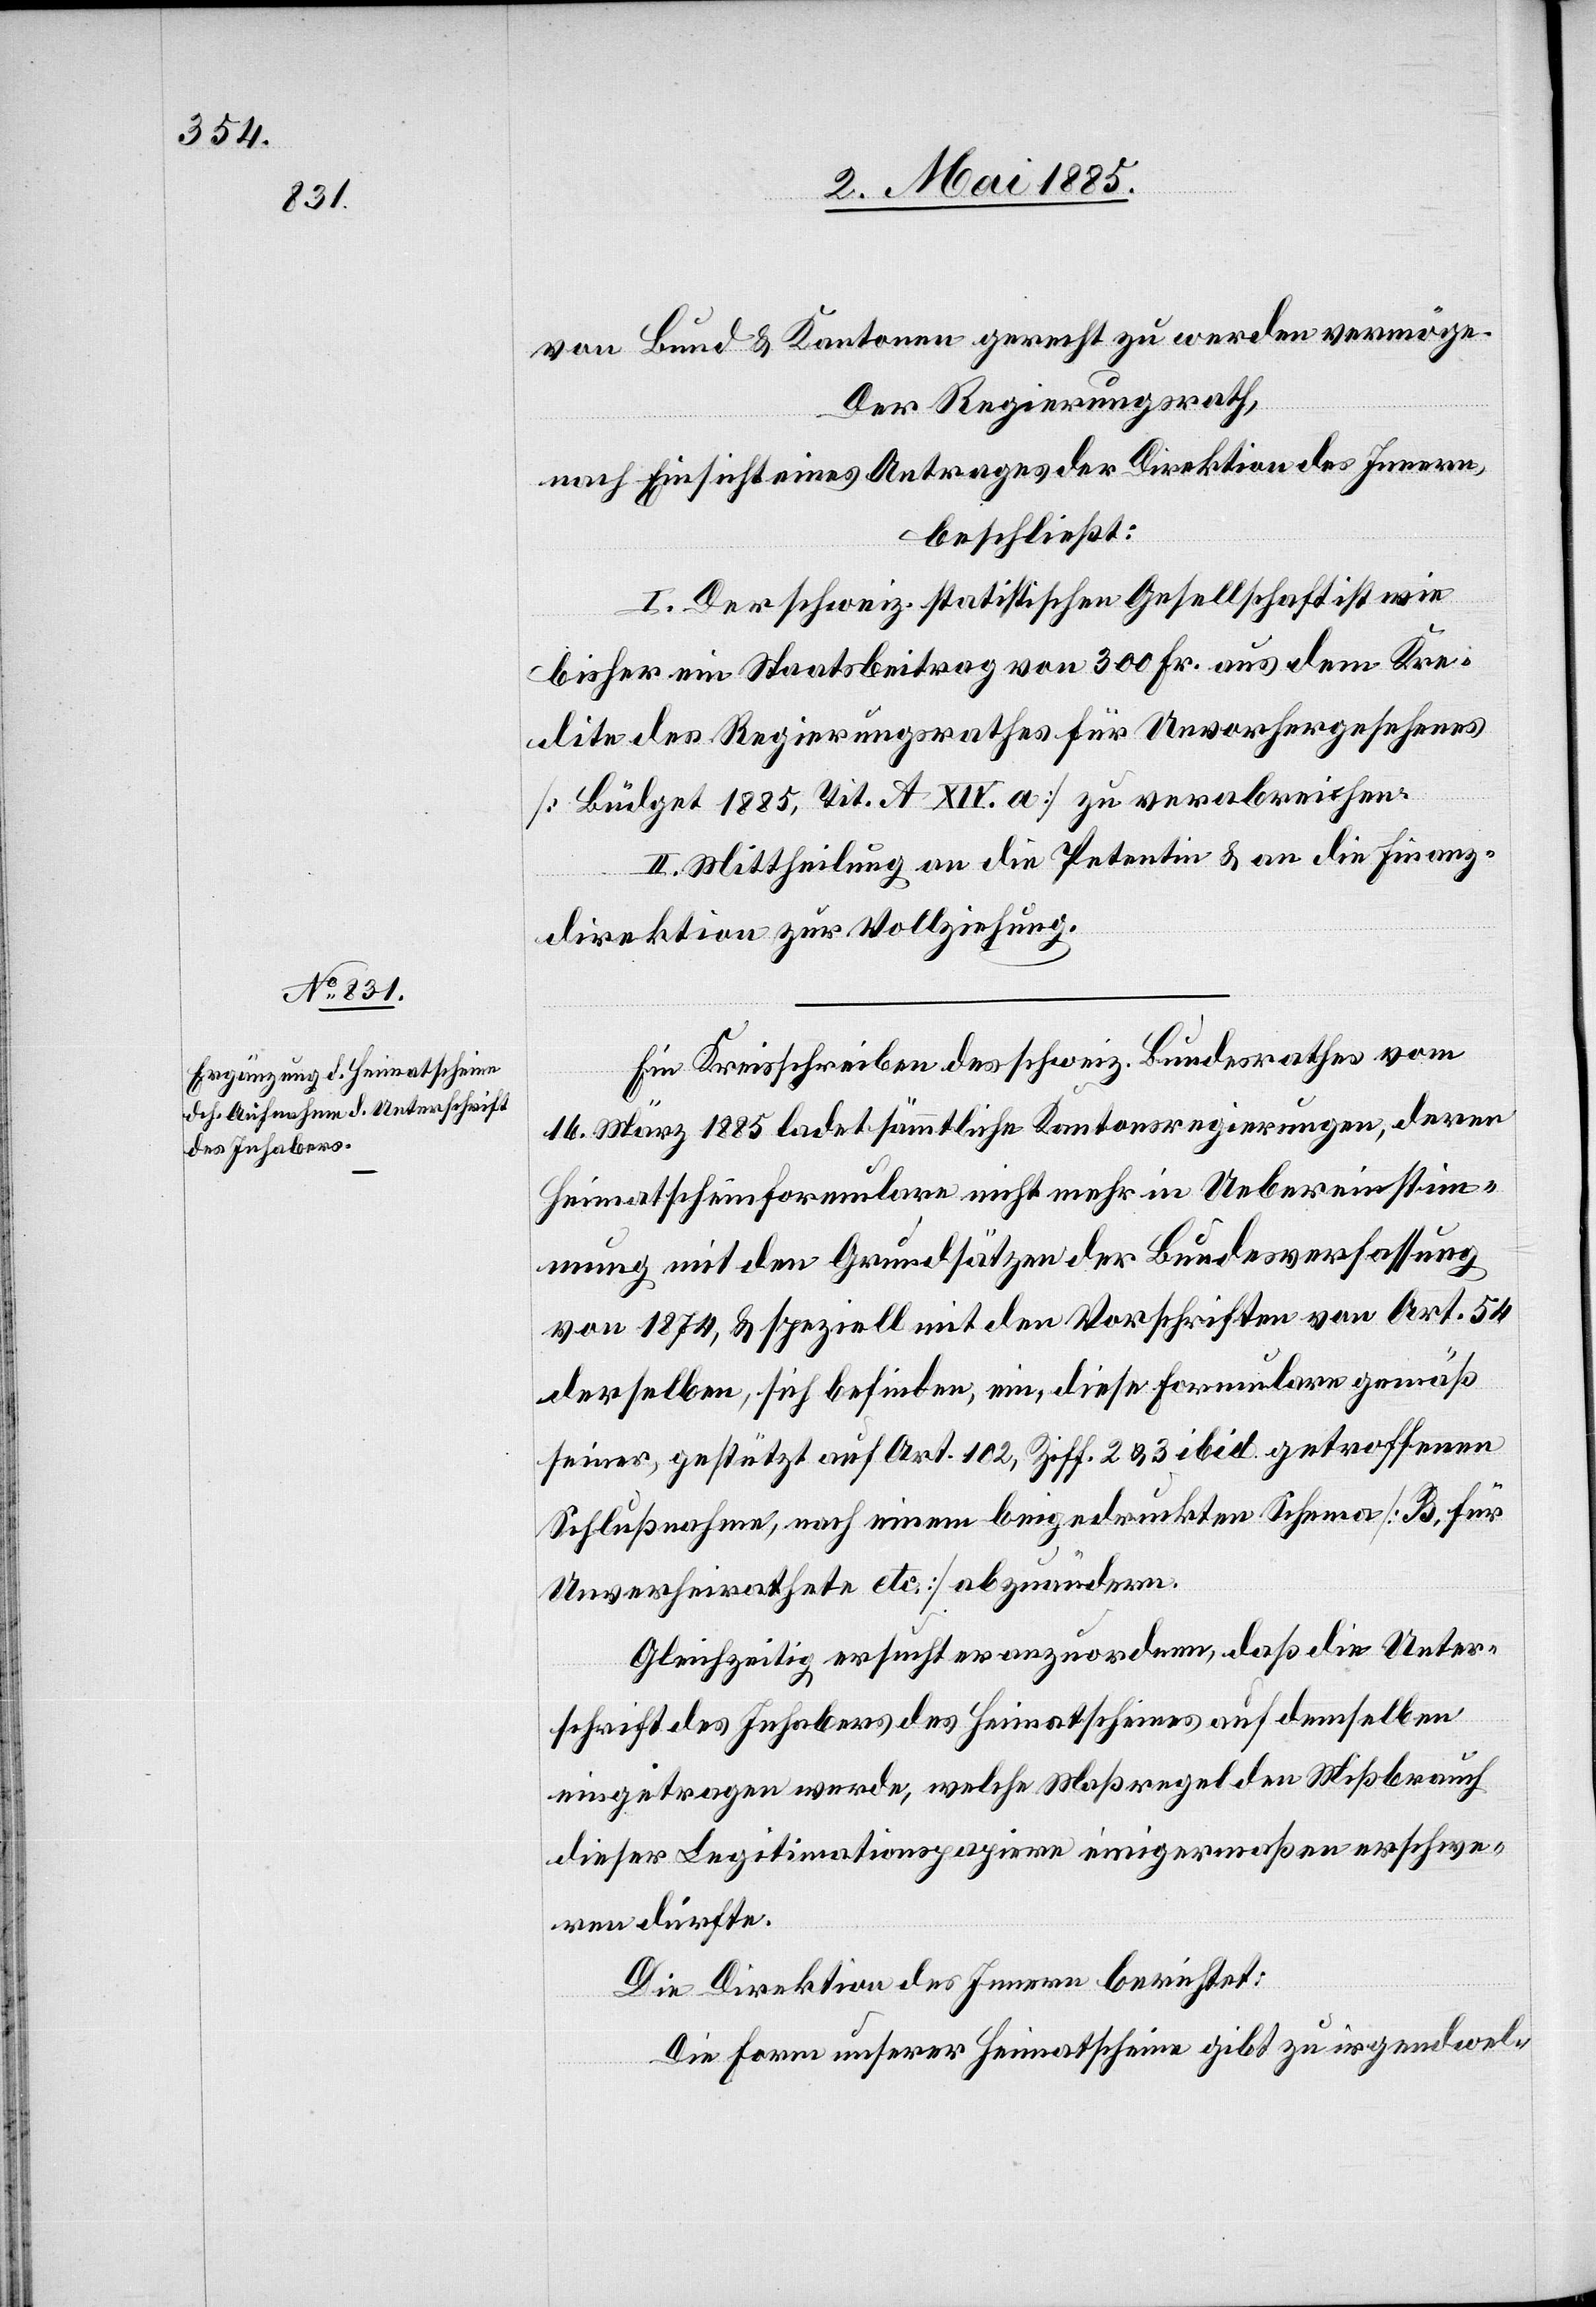
von Bund & Kantonen gerecht zu werden vermöge.
Der Regierungsrath,
nach Einsicht eines Antrages der Direktion des Innern,
beschließt:
I. Der schweiz. statistischen Gesellschaft ist wie
bisher ein Staatsbeitrag von 300 Fr. aus dem Kre¬
dite des Regierungsrathes für Unvorhergesehenes
[Büdget 1885, Tit. A. XIV. a] zu verabreichen.
II. Mittheilung an die Petentin & an die Finanz¬
direktion zur Vollziehung.
Ein Kreisschreiben des schweiz. Bundesrathes vom
16. März 1885 ladet sämmtliche Kantonsregierungen, deren
Heimatscheinformulare nicht mehr in Uebereinstim¬
mung mit den Grundsätzen der Bundesverfassung
von 1874, & speziell mit den Vorschriften von Art. 54
derselben, sich befinden, ein, diese Formulare gemäß
Schlußnahme, nach einem beigedruckten Schema [B. für
Unverheirathete etc.] abzuändern.
Gleichzeitig ersucht er anzuordnen, daß die Unter¬
schrift des Inhabers des Heimatscheines auf demselben
eingetragen werde, welche Maßregel den Mißbrauch
dieser Legitimationspapiere einigermaßen erschwe¬
ren dürfte.
Die Direktion des Innern berichtet:
Die Form unserer Heimatscheine gibt zu irgendwel-